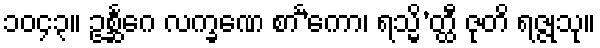
၁၀၄၃။ ဥစ္ဆင်္ဂေ လက္ခဏေ စာ’င်္ကော၊ ရသ္မိ’တ္ထီ ဇုတိ ရဇ္ဇုသု။